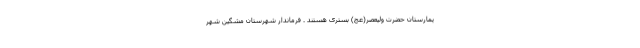
یمارستان حضرت ولیعصر(عج) بستری هستند . فرماندار شهرستان مشگین شهر